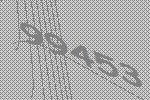
99453